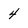
Character: 4